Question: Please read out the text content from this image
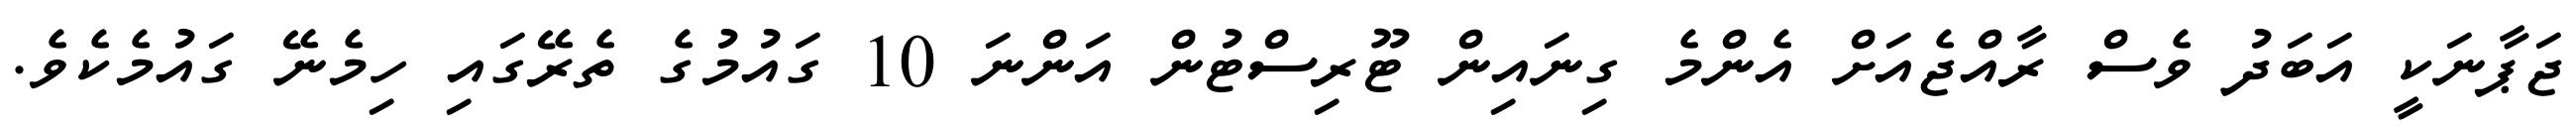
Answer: ޖަޕާނަކީ އަބަދު ވެސް ރާއްޖެއަށް އެންމެ ގިނައިން ޓޫރިސްޓުން އަންނަ 10 ގައުމުގެ ތެރޭގައި ހިމެނޭ ގައުމެކެވެ.